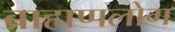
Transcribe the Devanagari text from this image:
ब्राह्मणलोग